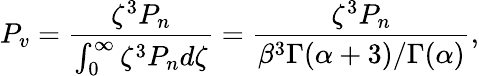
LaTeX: P_{v}=\frac{\zeta^{3}P_{n}}{\int_{0}^{\infty}\zeta^{3}P_{n}d\zeta}={\frac{\zeta^{3}P_{n}}{\beta^{3}\Gamma(\alpha+3)/\Gamma(\alpha)}},